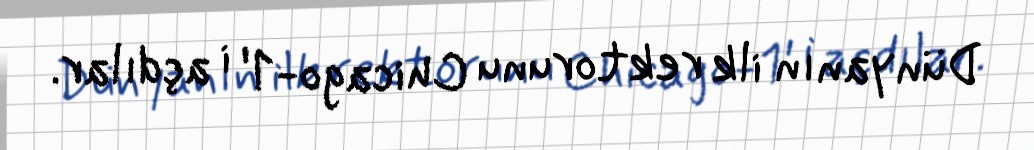
Dünyanın ilk rektorunu Chicago-1' i açdılar.